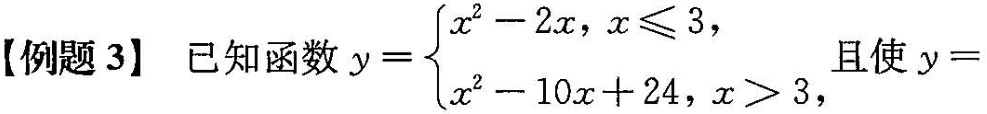
【例题3】已知函数$$y = \begin {cases} x ^ { 2 } - 2 x , x \leqslant 3 , \\ \\ \\ \\ x ^ { 2 } - 1 0 x + 2 4 , x > 3 , \end {cases}$$使$$y =$$